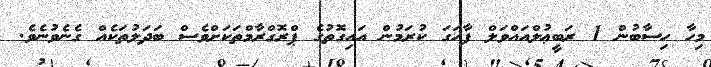
މިހާ ހިސާބުން 1 ރަބީޢުލްއައްވަލް ފާހަގަ ކުރަމުން އައިގޮތުގެ ޕްރޮގްރާމްތަކަށްވެސް ބަދަލުތަކެއް ގެނެވުނެވެ.